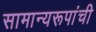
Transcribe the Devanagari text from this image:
सामान्यरूपांची